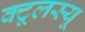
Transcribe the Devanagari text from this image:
क्टूलस्यू